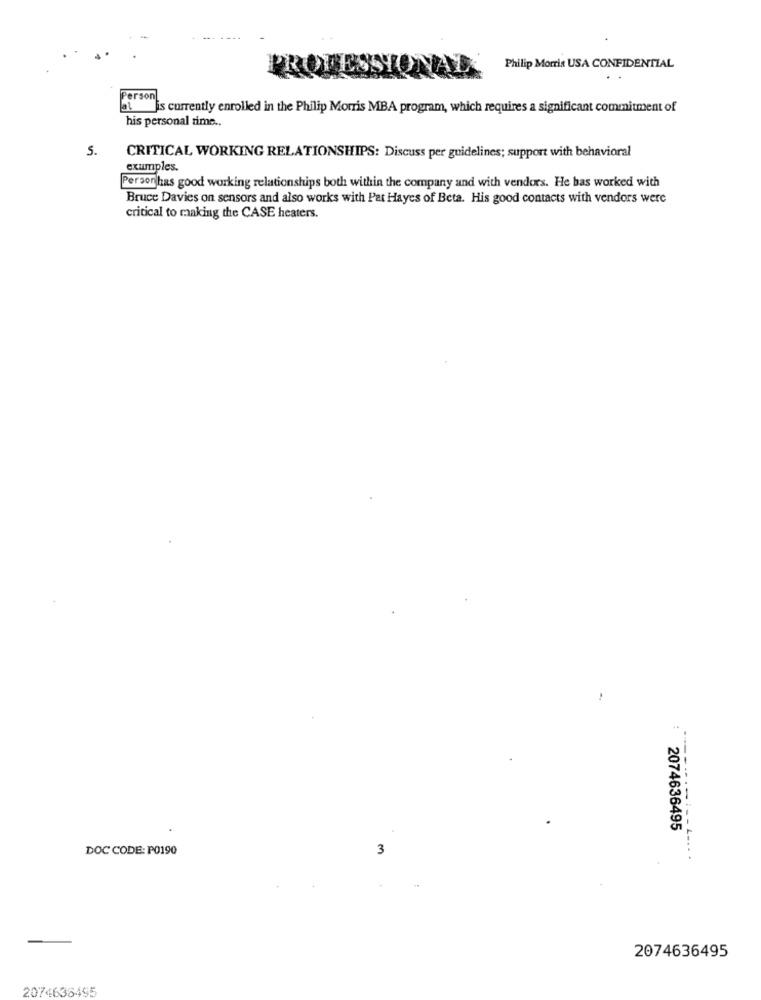
Philip Morris USA CONFIDENTIAL
Person
al is currently enrolled in the Philip Morris MBA program, which requires a significant commitment of
his personal time ..
5.
CRITICAL WORKING RELATIONSHIPS: Discuss per guidelines; support with behavioral
exumples.
Person has good working relationships both within the company and with vendors. He bas worked with
Bruce Davies on sensors and also works with Pat Hayes of Beta. His good contacts with vendors were
critical to making the CASE heaters.
2074636495
DOC CODE: P0190
3
2074636495
2074636495